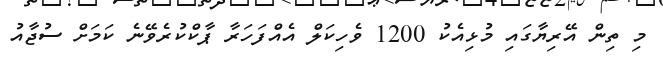
މި ތިން އޭރިޔާގައި މުޅިއެކު 1200 ވެހިކަލް އެއްފަހަރާ ޕާކްކުރެވޭނެ ކަމަށް ސުޖާއު